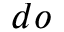
d o